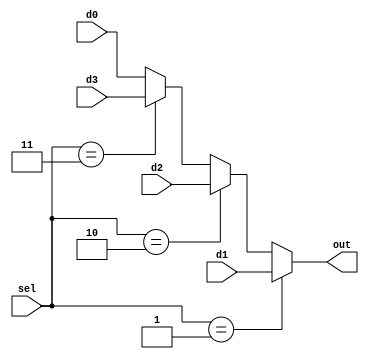
module mux41(sel,out,d0,d1,d2,d3);
	//
	parameter bits=8;
	input[bits-1:0] d0,d1,d2,d3;
	input[1:0] sel;
	output reg[bits-1:0]  out; 
	
	always@(sel or d0 or d1 or d2 or d3)
	begin
		if(sel==1) out<=d1;
		else if(sel==2) out<=d2;
		else if(sel==3) out<=d3;
		else out<=d0;
	end
endmodule